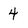
Character: 4